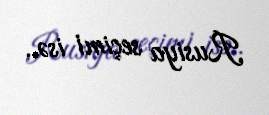
Rusiya seçimi isə..